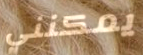
يمكنني